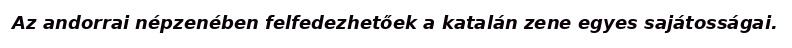
Az andorrai népzenében felfedezhetőek a katalán zene egyes sajátosságai.